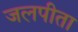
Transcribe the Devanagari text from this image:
जलपीता